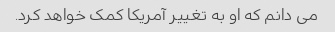
می دانم که او به تغییر آمریکا کمک خواهد کرد.